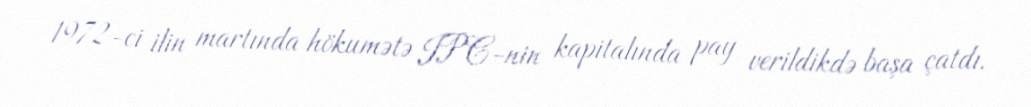
1972-ci ilin martında hökumətə IPC-nin kapitalında pay verildikdə başa çatdı.